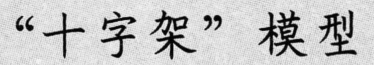
“十字架”模型